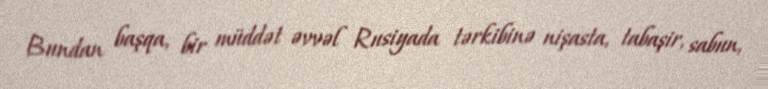
Bundan başqa, bir müddət əvvəl Rusiyada tərkibinə nişasta, tabaşir, sabun,